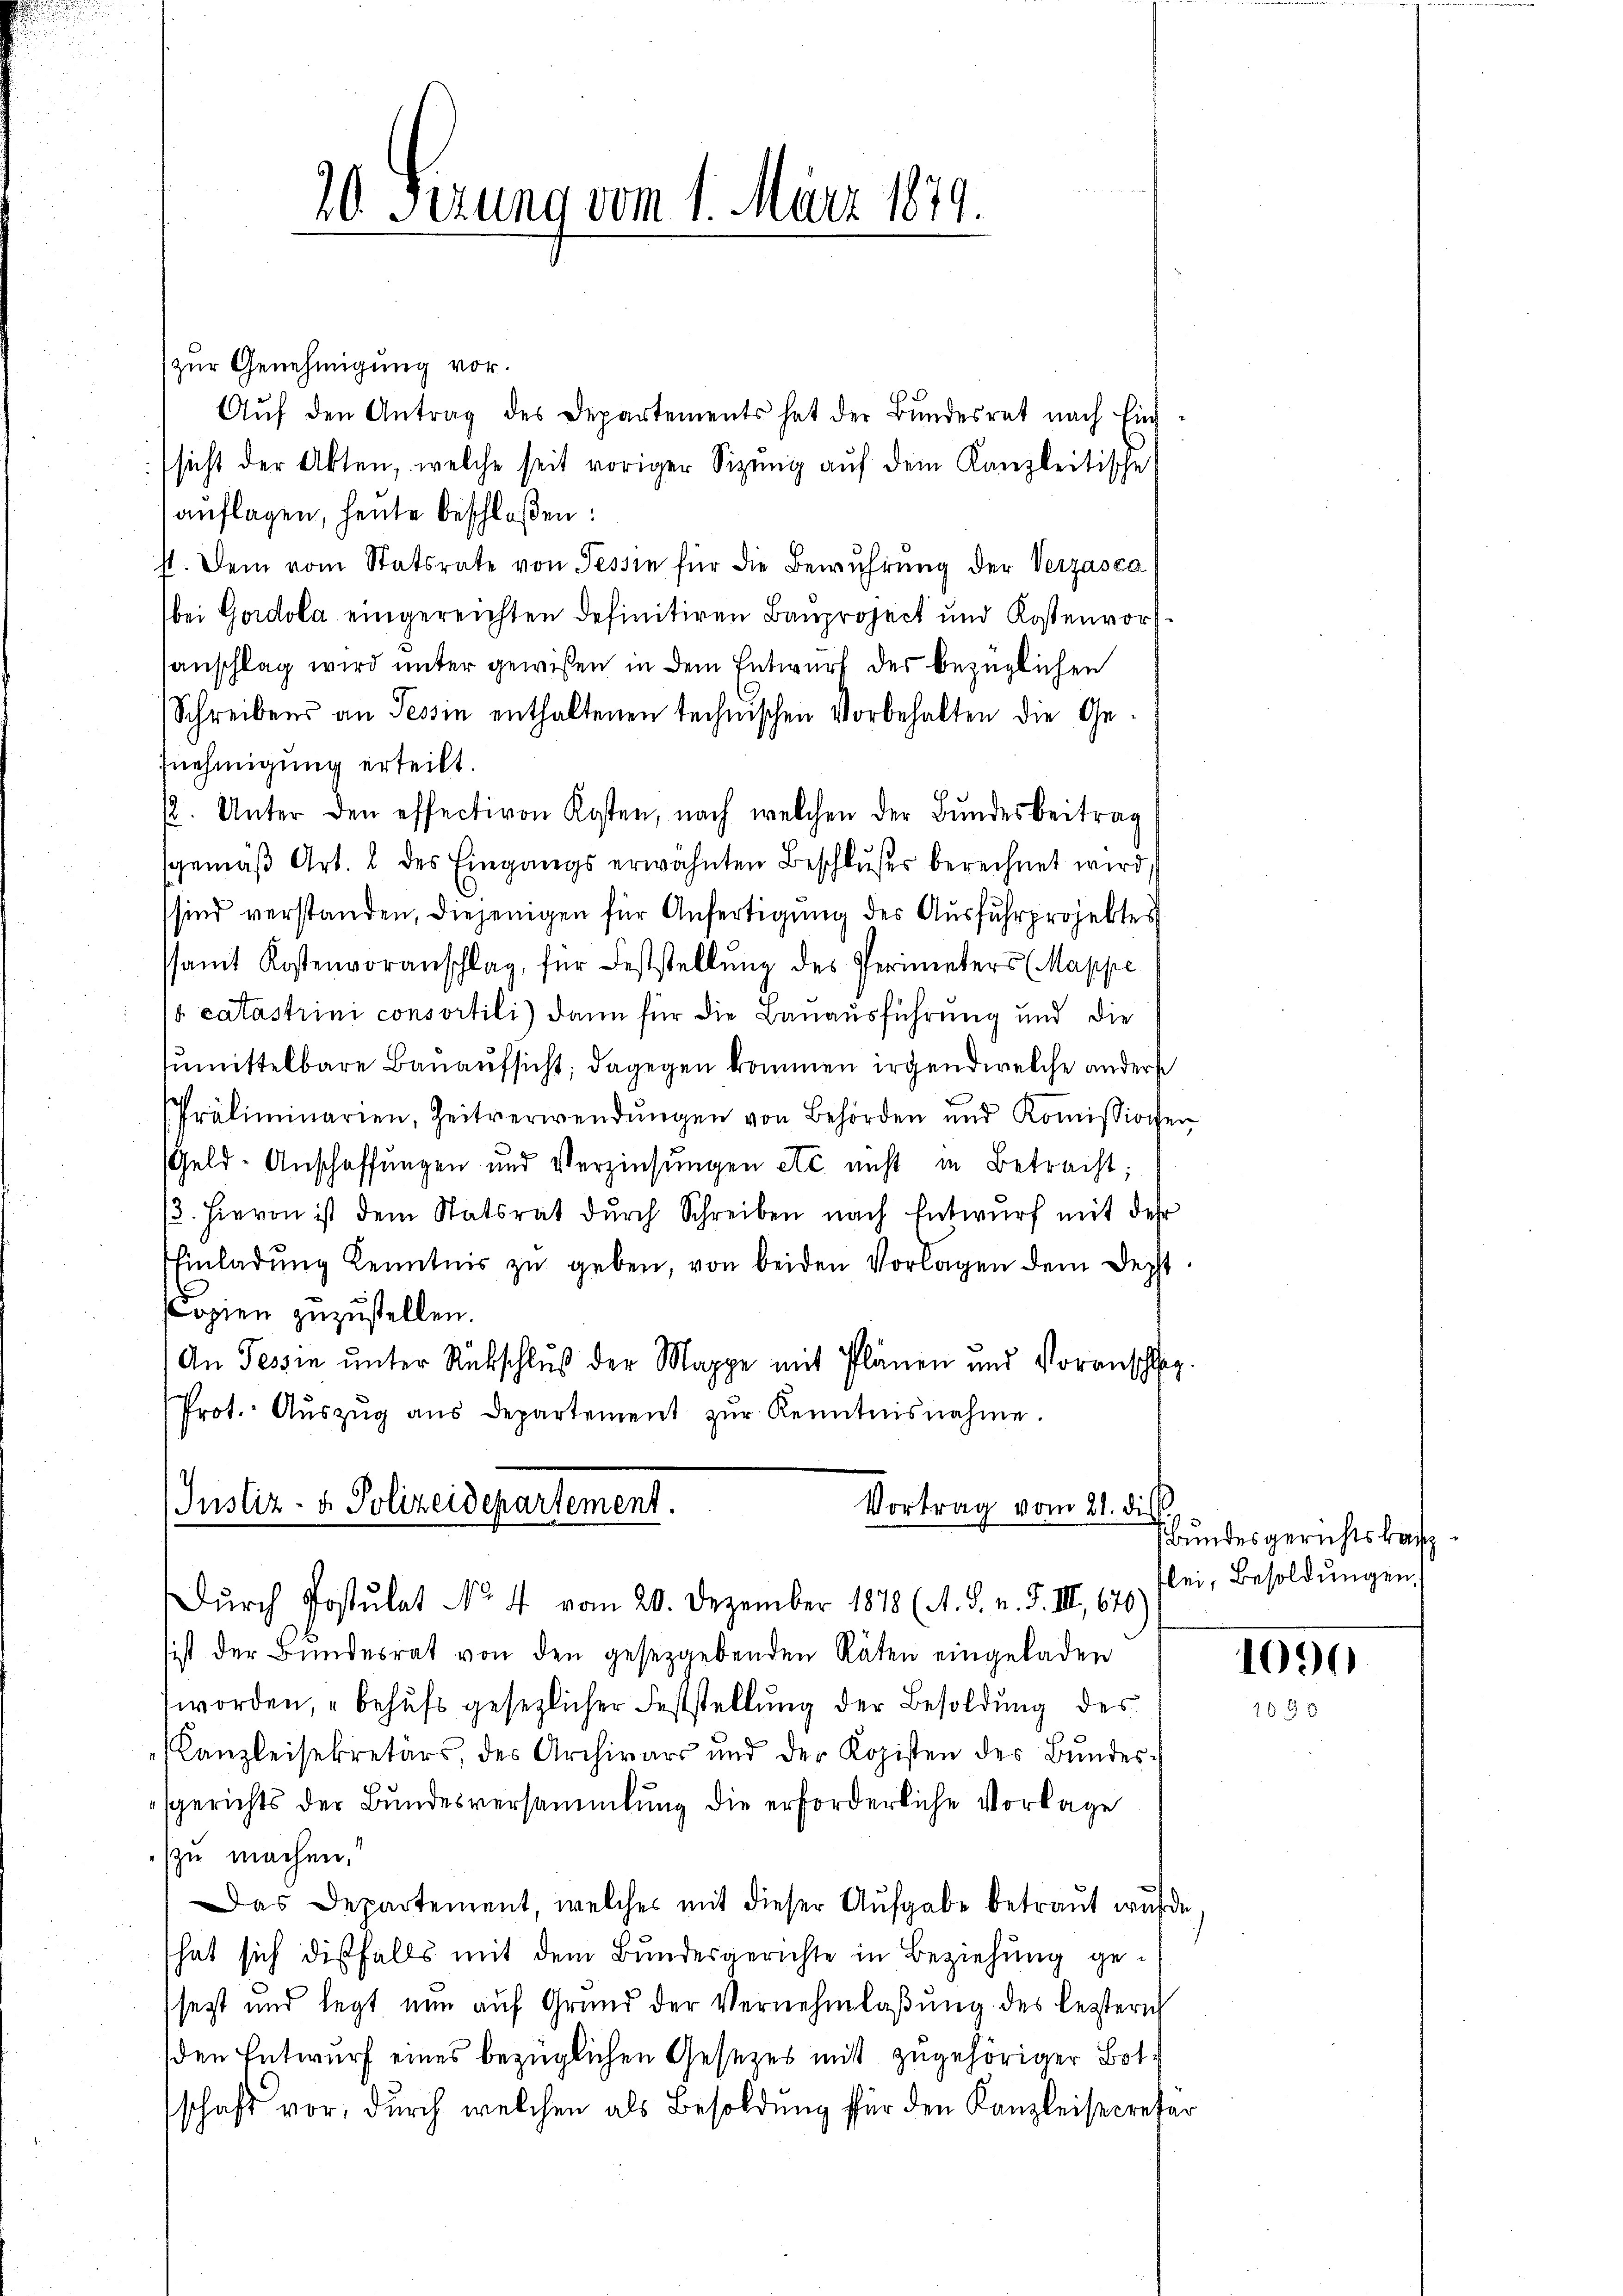
20 Fezung vom 1. März 1879.

zur Genehmigung vor.
Aŭf den Antrag des Departements hat der Bŭndesrat nach Ein-
sicht der Akten, welche seit voriger Sizung auf dem Kanzleitische
aŭflagen, heute beschloßen:
11. Dem vom Statsrate von Tessin für die Bewuhrung der Verzasca
bei Gordola eingereichten definitiven Bauproject und Kostenvor
anschlag wird unter gewißen in dem Entwurf des bezüglichen
Schreibens an Tessin enthaltenen technischen Vorbehalten die Ge-
fnehmigung erteilt.
2. Unter den effectiven Kosten, nach welchen der Bŭndesbeitrag
sgemäβ Art. 2 des Eingangs erwähnten Beschlußes berechnet wird,
sind verstanden, diejenigen für Anfertigung des Ausfuhrprojektes
samt Kostenvoranschlag, für Feststellŭng des Perimeters (Mappe
 catastrini consortili) dann für die Bauausführung und die
zumittelbare Bauaufsicht; dagegen kommen irgend welche anderse
Präliminarien, Zeitverwendŭngen von Behörden und Koṁissionen
Geld-Anschaffungen und Verzinsungen etc. nicht in Betracht;
13. hievon ist dem Statsrat dŭrch Schreiben nach Entwurf mit der
Einladŭng Kenntnis zŭ geben, von beiden Vorlagen dem Decht
Copien zuzustellen.
An Tessin unter Rückschluß der Mappe mit Plänen und Voranschlag.
Prot. Aŭszŭg aŭs departement zŭr Kenntnisnahme.
.
Justiz- & Polizeidepartement.
Vortrag vom 21. die
Dŭrch Postulat No. 4 vom 20. Dezember 1878 (A. S. n. F. III 676
ist der Bundesrat von den gesetzgebenden Räten eingeladen
worden, behufs gesezlicher Feststellung der Besoldung des
Kanzleisekretärs, der Archivars und der Kopisten des Bundes-
sgerichts der Bundesversammlung die erforderliche Vorlage
szu machen.
Das Departement, welches mit dieser Aufgabe betraut wurde,
hat sich diesfalls mit dem Bundesgerichte in Beziehung gesetzt und legt nun auf Grund der Vernehmlaßung des leztern
den Entwurf eines bezüglichen Gesezes mit zugehöriger Botschaft vor, durch welchen als Besoldung für den Kanzleisecretär

bundesgerichtskanz
flei, Besoldungen

1090
1090